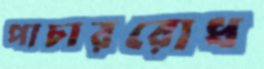
পাচাররোধ